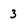
Character: 3